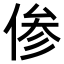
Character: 𫢺